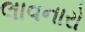
લાવનારો